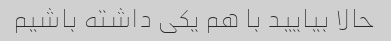
حالا بیایید با هم یکی داشته باشیم